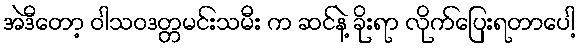
အဲဒီတော့ ဝါသဝဒတ္တမင်းသမီး က ဆင်နဲ့ ခိုးရာ လိုက်ပြေးရတာပေါ့